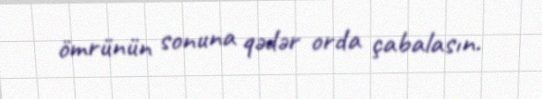
ömrünün sonuna qədər orda çabalasın.